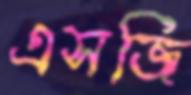
এসজি